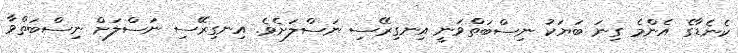
ކެނެޑާގެ އެންމެ ގިނަ ބަޔަކު ނިސްބަތްވަނީ އިނގިރޭސި ނަސްލަށެވެ. އިނގިރޭސި ނަސްލަށް ނިސްބަތްވާ